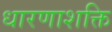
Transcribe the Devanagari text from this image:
धारणाशक्ति